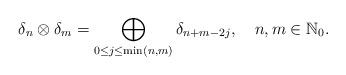
LaTeX: \begin{align*} \delta_n \otimes \delta_m = \bigoplus_{0 \leq j \leq \min(n,m)} \delta_{n+m-2j}, \;\;\;\, n,m \in \mathbb{N}_0.\end{align*}